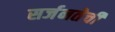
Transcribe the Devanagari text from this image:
सर्जनतेची